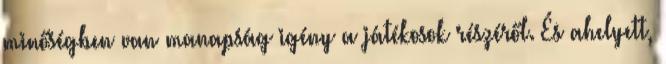
minőségben van manapság igény a játékosok részéről. És ahelyett,